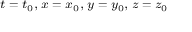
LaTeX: \scriptstyle t \; = \; t _ { 0 } , \; x \; = \; x _ { 0 } , \; y \; = \; y _ { 0 } , \; z \; = \; z _ { 0 }